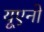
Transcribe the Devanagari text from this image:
यूएनो